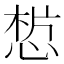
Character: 𢜣